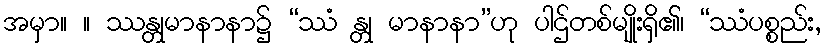
အမှာ။ ။ ဿန္တုမာနာနာ၌ “ဿံ န္တု မာနာနာ”ဟု ပါဌ်တစ်မျိုးရှိ၏၊ “ဿံပစ္စည်း,